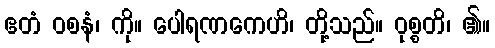
ဧတံ ဝစနံ၊ ကို။ ပေါရဏကေဟိ၊ တို့သည်။ ဝုစ္စတိ၊ ၏။